Civil Veterinary Dept. Bombay admin report 1932-41 - 1932-1941
Year: 1932
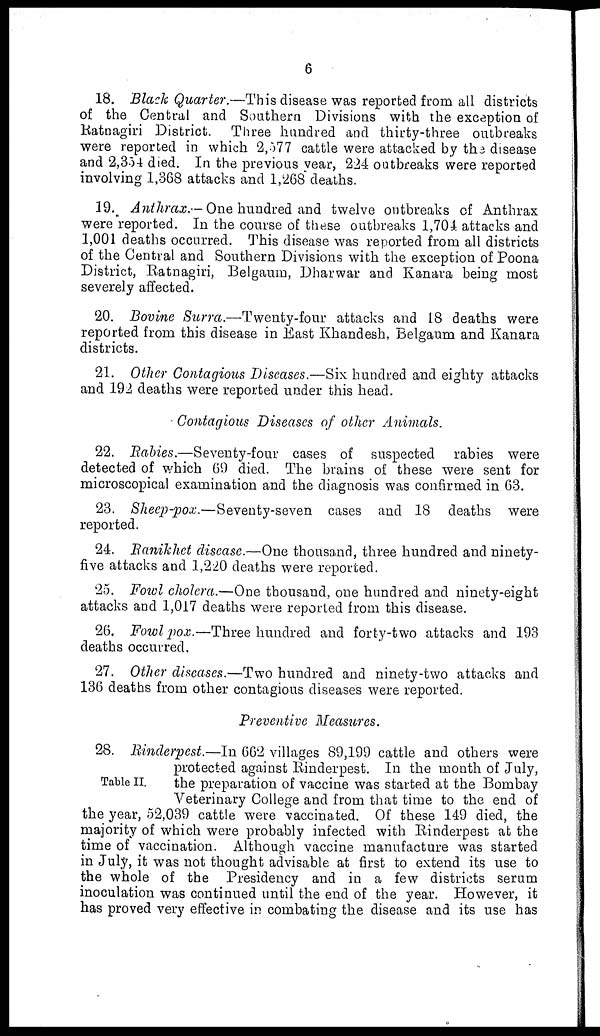
6
18. Black Quarter.—This disease was reported from all districts
of the Central and Southern Divisions with the exception of
Ratnagiri District. Three hundred and thirty-three outbreaks
were reported in which 2,577 cattle were attacked by the disease
and 2,354 died. In the previous year, 224 outbreaks were reported
involving 1,368 attacks and 1,268 deaths.
19. Anthrax.—One hundred and twelve outbreaks of Anthrax
were reported. In the course of these outbreaks 1,704 attacks and
1,001 deaths occurred. This disease was reported from all districts
of the Central and Southern Divisions with the exception of Poona
District, Ratnagiri, Belgaum, Dharwar and Kanara being most
severely affected.
20. Bovine Surra.—Twenty-four attacks and 18 deaths were
reported from this disease in East Khandesh, Belgaum and Kanara
districts.
21. Other Contagious Diseases.—Six hundred and eighty attacks
and 192 deaths were reported under this head.
Contagious Diseases of other Animals.
22. Rabies.—Seventy-four cases of suspected rabies were
detected of which 69 died. The brains of these were sent for
microscopical examination and the diagnosis was confirmed in 63.
23. Sheep-pox.—Seventy-seven cases and 18 deaths were
reported.
24. Ranikhet disease.—One thousand, three hundred and ninety-
five attacks and 1,220 deaths were reported.
25. Fowl cholera.—One thousand, one hundred and ninety-eight
attacks and 1,017 deaths were reported from this disease.
26. Fowl pox.—Three hundred and forty-two attacks and 193
deaths occurred.
27. Other diseases.—Two hundred and ninety-two attacks and
136 deaths from other contagious diseases were reported.
Preventive Measures.
Table II.
28. Rinderpest.—In 662 villages 89,199 cattle and others were
protected against Rinderpest. In the month of July,
the preparation of vaccine was started at the Bombay
Veterinary College and from that time to the end of
the year, 52,039 cattle were vaccinated. Of these 149 died, the
majority of which were probably infected with Rinderpest at the
time of vaccination. Although vaccine manufacture was started
in July, it was not thought advisable at first to extend its use to
the whole of the Presidency and in a few districts serum
inoculation was continued until the end of the year. However, it
has proved very effective in combating the disease and its use has